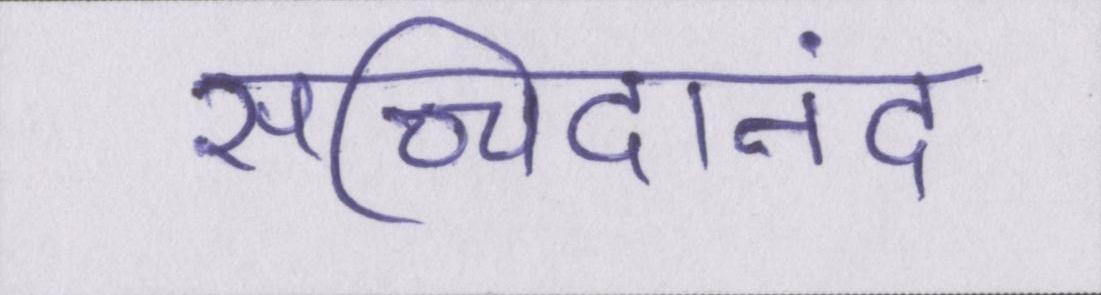
सच्चिदानंद